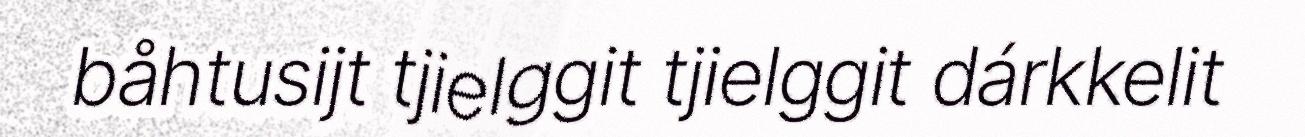
båhtusijt tjielggit tjielggit dárkkelit